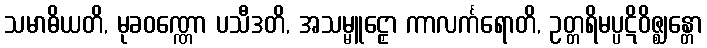
သမာဓိယတိ, မုခဝဏ္ဏော ပသီဒတိ, အသမ္မူဠှော ကာလင်္ကရောတိ, ဥတ္တရိမပ္ပဋိဝိဇ္ဈန္တော